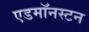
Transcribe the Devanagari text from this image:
एडमॉनस्टन